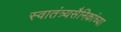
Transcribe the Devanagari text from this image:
स्वातंत्र्यसैनिकांच्या